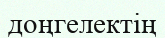
доңгелектің